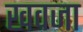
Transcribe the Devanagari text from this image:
खवजा